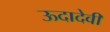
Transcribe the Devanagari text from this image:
ऊदादेवी